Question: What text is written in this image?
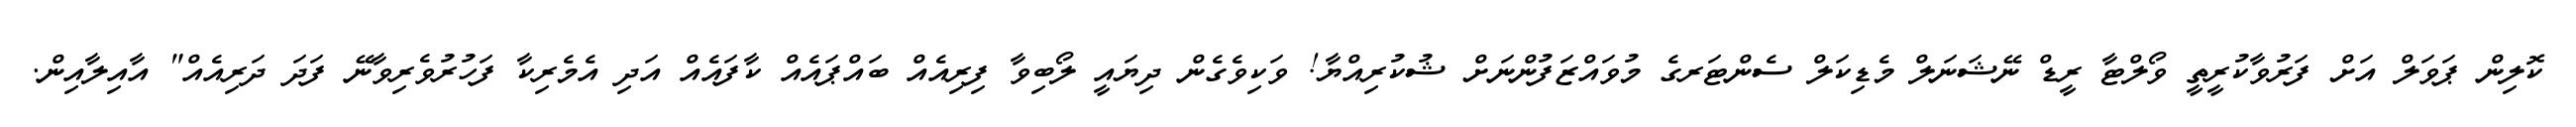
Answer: ކޮލިން ޕަވަލް އަށް ފަރުވާކުރީތީ ވޯލްޓާ ރީޑް ނޭޝަނަލް މެޑިކަލް ސެންޓަރގެ މުވައްޒަފުންނަށް ޝުކުރިއްޔާ! ވަކިވެގެން ދިޔައީ ލޯބިވާ ފިރިއެއް ބައްޕައެއް ކާފައެއް އަދި އެމެރިކާ ފަހުރުވެރިވާނޭ ފަދަ ދަރިއެއް" އާއިލާއިން.